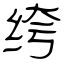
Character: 绔